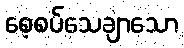
စေ့စပ်သေချာသော